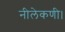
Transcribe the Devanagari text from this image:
नीलेकणी।